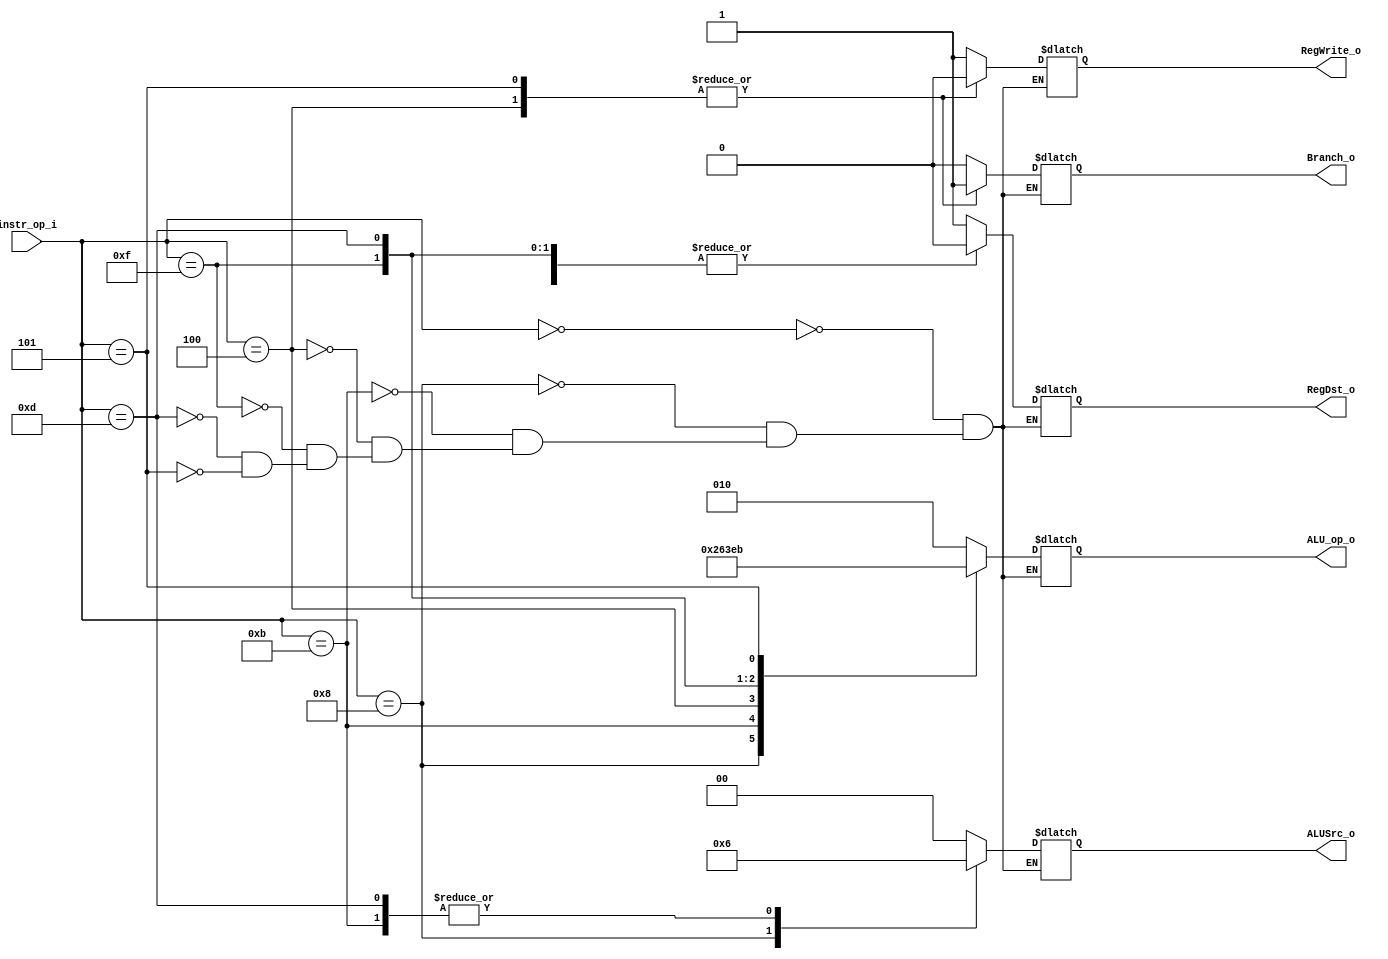

module Decoder(
    instr_op_i,
    RegWrite_o,
    ALU_op_o,
    ALUSrc_o,
    RegDst_o,
    Branch_o
    );

//I/O ports
input  [6-1:0] instr_op_i;

output         RegWrite_o;
output [3-1:0] ALU_op_o;
output [1:0]   ALUSrc_o;
output         RegDst_o;
output         Branch_o;

//Internal Signals
reg    [3-1:0] ALU_op_o;
reg     [1:0]   ALUSrc_o;
reg            RegWrite_o;
reg            RegDst_o;
reg            Branch_o;

always@(*)
begin
    case(instr_op_i)
        6'b000000://r-type
            begin 
            RegWrite_o=1'b1;
            ALU_op_o=3'b010;
            ALUSrc_o=2'b00;
            RegDst_o=1'b1;
            Branch_o=1'b0;
            end 
        6'b001000://addi
            begin 
            RegWrite_o=1'b1;
            ALU_op_o=3'b100;
            ALUSrc_o=2'b01;
            RegDst_o=1'b0;
            Branch_o=1'b0;
            end 
        6'b001011://sltiu
            begin 
            RegWrite_o=1'b1;
            ALU_op_o=3'b110;
            ALUSrc_o=2'b10;
            RegDst_o=1'b0;
            Branch_o=1'b0;
            end 
        6'b000100://beq
            begin 
            RegWrite_o=1'b0;
            ALU_op_o=3'b001;
            ALUSrc_o=2'b00;
            RegDst_o=1'b1;
            Branch_o=1'b1;
            end 
        6'b001111://lui
            begin 
            RegWrite_o=1'b1;
            ALU_op_o=3'b111;
            ALUSrc_o=2'b00;
            RegDst_o=1'b0;
            Branch_o=1'b0;
            end 
        6'b001101://ori
            begin 
            RegWrite_o=1'b1;
            ALU_op_o=3'b101;
            ALUSrc_o=2'b10;
            RegDst_o=1'b0;
            Branch_o=1'b0;
            end 
        6'b000101://bne
            begin 
            RegWrite_o=1'b0;
            ALU_op_o=3'b011;
            ALUSrc_o=2'b00;
            RegDst_o=1'b1;
            Branch_o=1'b1;
            end
    endcase
end


endmodule